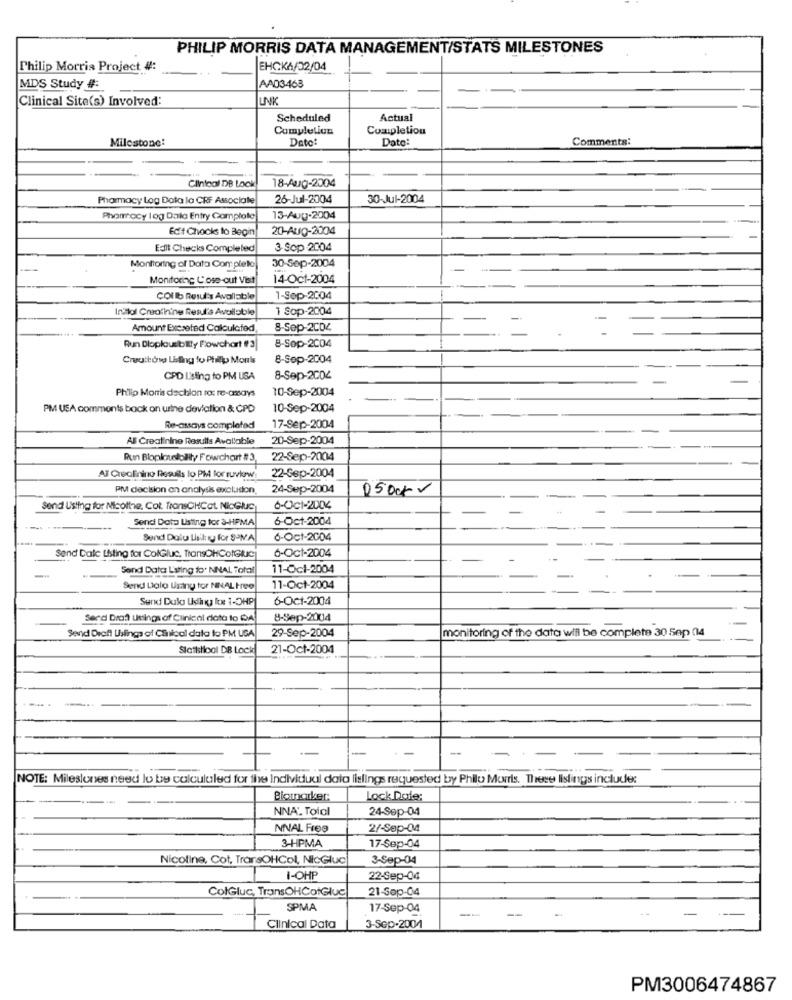
PHILIP MORRIS DATA MANAGEMENT/STATS MILESTONES
Philip Morris Project 4:
EHCKA/02/04
MDS Study #:
AA03463
Clinical Site(s) Involved:
LINK
Scheduled
Actual
Completion
Completion
Milestone:
Date:
Date:
Comments:
Clintoal DB Lock
18-Aug-2004
Pharmacy Log Data la CRF Associate
26-Jul-2004
30-Jul-2004
Phomocy log Data Entry Complotel
13-Aug-2004
Ec't Chocks to Begin
20-Aug-2004
Edit Checks Completed
3-Sop -2004
Monitoring of Data Completo
30-Sep-2004
Monitoring Cose out Visit
14-Oct-2004
COI lb Resul's Available
1-Sep-2004
Initial Creatinine Resul's Available
1 Sop-2004
Amount Excreted Calculated
8-Sep-2004
Run Dloplousbilly Flowchart #3|
8-Sop-2004
Creuttons Listing to Phillip Monks
8-Sep-2004
CPD Listing to PM USA
8-Sep-2004
Philip Morris dechlon ro: re-assays
10-Sep-2004
PM USA comments back on urine deviation & CPD
10-Sep-2004
Re-assays completed
17-Sep-2004
AF Creatinine Results Avaltable
20-Sep-2004
Run Bloploulolity Fowchart #3,
22-Sep-2004
Al Crealinino Results lo PM for ruvkrw.
22-Sep-2004
PM decision on analysis exclusion
24-Sep-2004
0500kr
send Usting for Nicotine, Col. TransCHCot. NicGlus
6-Oct-2004
Send Data Usting for &-HPMA
6-Oct-2004
Send Dolu Laiky for SOMA
6-Oct-2004
6-Oct-2004
Send Dale Listing for ColGluc, TransOHCotGluc
Send Data Listing for NNAL Total
11-Ocl-2004
Send Lalo Using for NINAL Hee
11-Oct-2004
Sund Duk Udha Ix 1-OHP
6-Oct-2004
Serd Drat Leings of Clinical data to DA
8-Sep-2004
monitoring of the data will be complete 30 Sep 014
Send Draft Uslinga of Clinical data to PM UGA
29-Sep-2004
Statistical DB Locid
21-Oct-2004
NOTE: Milestones need lo be calculaled for the Individual daio listings requested by Philo Morris. These listings include:
Biounorker:
Lock Date:
NNA'. Toial
24-Sep-04
NNAL Free
2/-Sep-04
3-HPMA
17-Sep-04
Nicoline, Cot, TransOHCol, NicGluc
3-Sep-04
I-OHP
22-Sep-04
ColGluc, TransOHCotGlue
21-Sep-04
SPMA
17-Sep-04
Clinical Data
3-Sep-2004
PM3006474867